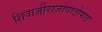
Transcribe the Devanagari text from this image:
शिवाजीराजांपाठोपाठ